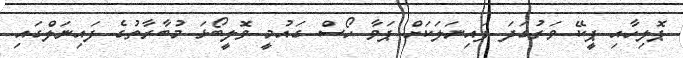
ޕޮލިހާއި ޕީކޭ ވަރުގަދަ ފައިނަލަކަށް ޕަވާ ހޯސް ގައުމީ ވޮލީބޯޅަ މުބާރާތުގެ ފައިނަލްގައި